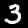
Label: 3